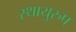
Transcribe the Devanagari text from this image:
स्थायुरुप